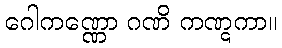
ဂေါကဏ္ဏော ဂဏိ ကဏ္ဋကာ။